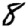
Digit: 8